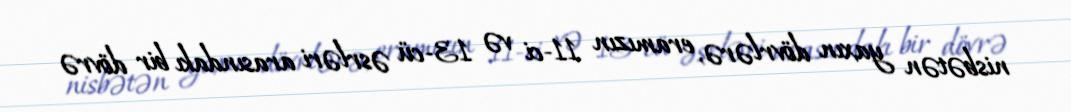
nisbətən yaxın dövrlərə, eramızın 11-ci və 13-cü əsrləri arasındakı bir dövrə